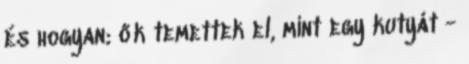
és hogyan; ők temettek el, mint egy kutyát -